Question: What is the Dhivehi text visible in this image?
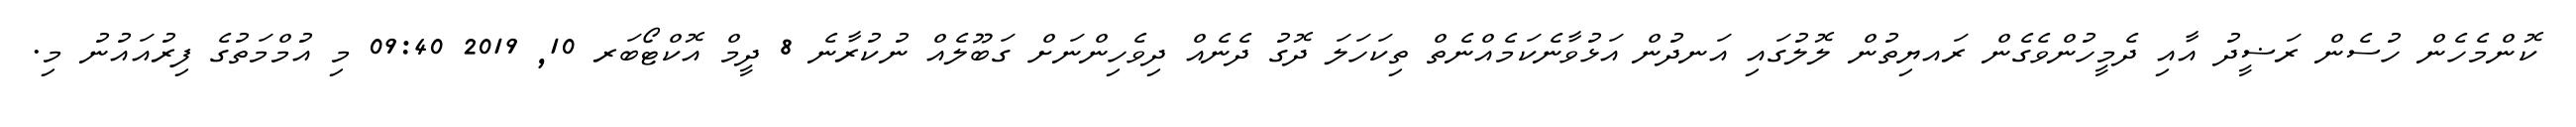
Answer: ކޮންމެހެން ހުސެން ރަޟީދު އާއި ދެމީހުންވެގެން ރައޔިތުން ލޮލުގައި އަނދުން އަޅުވާނެކަމެއްނެތް ތިކަހަލަ ދޮގު ދެނެއް ދިވެހިންނަށް ގަބޫލެއް ނުކުރާނެ 8 ދީމް އޮކްޓޯބަރ 10, 2019 09:40 މި އުމްމަތުގެ ފިރުއައުނު މި.